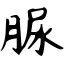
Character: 脲